Veterinary [1904] -
Year: 1904
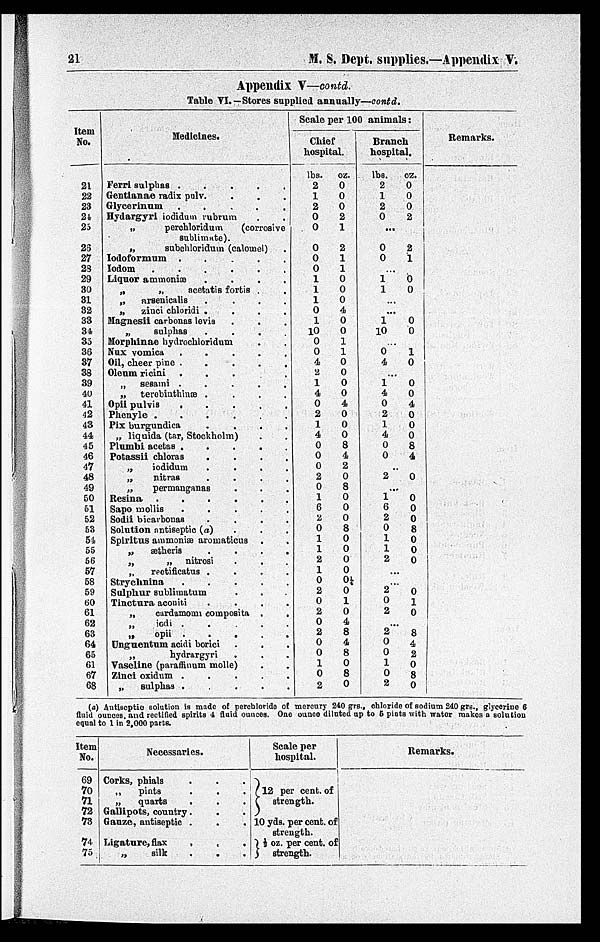
21
M. S. Dept. supplies.—Appendix V.
Appendix V—contd.
Table VI.—Stores supplied annually—contd.
Item
No.
21
22
23
24
25
26
27
28
29
30
31
32
33
34
33
36
37
38
39
40
41
42
43
44
45
46
47
48
49
50
51
52
53
51
55
56
57
58
59
60
61
62
63
64
65
61
67
68
Medicines.
Ferri sulphas .
.
.
.
.
Gentianae radix pulv. . . .
Glycerinum
.
.
.
.
.
Hydargyri iodidum rubrum . .
„
perchloridum
(corrosive
sublimate).
„
subchloridum (calomel) .
Iodoformum .
.
.
.
.
Iodom . . . . .
Liquor ammoniæ . . . . .
„
„
acetatis fortis . .
„
arsenicalis
.
.
.
.
„
zinci chloridi .
.
.
.
Magnesii carbonas levis . . .
„
sulphas
.
.
.
.
.
Morphinae hydrochloridum . .
Nux vomica
.
.
.
.
.
Oil, cheer pine
.
.
.
.
.
Oleum ricini .
.
. .
„ sesami .
.
.
.
.
„ terebinthinæ .
.
.
.
Opii pulvis . . . . .
Phenyle .
.
. . . .
Pix burgundica .
.
.
.
„ liquida (tar, Stockholm) . .
Plumbi acetas .
.
.
.
.
Potassii chloras
. . . .
„
iodidum
. . . .
„
nitras
. . . .
„
permanganas . . .
Resina
.
.
.
.
.
.
Sapo mollis
. . . . .
Sodii bicarbonas
. . . .
Solution antiseptic (a)
Spiritus ammoniæ aromaticus . .
„
ætheris
. . . .
„
„ nitrosi . . .
„
rectificatus .
.
.
.
Strychnina
. . . . .
Sulphur sublimatum
Tinctura aconiti
. . . .
„ cardamomi composita . .
„
iodi . . . . .
„
opii
.
.
.
.
.
Unguentum acidi borici . . .
„
hydrargyri . . .
Vaseline (paraffinum molle) . .
Zinci oxidum . . . . .
„ sulphas . . . . .
Scale per 100animals:
Chief
hospital.
lbs.
2
1
2
0
0
0
0
0
1
1
1
0
1
10
0
0
4
2
1
4
0
2
1
4
0
0
0
2
0
1
6
2
0
1
1
2
1
0
2
0
2
0
2
0
0
1
0
2
oz.
0
0
0
2
1
2
1
1
0
0
0
4
0
0
1
1
0
0
0
0
4
0
0
0
8
4
2
0
8
0
0
0
8
0
0
0
0
0¼
0
1
0
4
8
4
8
0
8
0
Branch
hospital.
lbs.
2
1
2
0
...
0
0
...
1 1
...
...
1
10
...
0
4
...
1
4
0
2
1
4
0
0
...
2
...
1
6
2
0
1
1
2
...
...
2
0
2
...
2
0
0
1
0
2
oz.
0
0
0
2
...
2
1
...
0 0
...
...
0
0
...
1
0
...
0
0
4
0
0
0
8
4
...
0
...
0
0
0
8
0
0
0
...
...
0
1
0
...
8
4
2
0
8
0
Remarks.
(a) Antiseptic solution is made of perchloride of mercury 240 grs., chloride of sodium 240 grs., glycerine 6
fluid ounces, and rectified spirits 4 fluid ounces. One ounce diluted up to 5 piots with water makes a solution
equal to 1 in 2,000 parts.
Item
No.
69
70
71
72
73
74
75
Necessaries.
Corks, phials . . .
„
pints . . .
„
quarts . . .
Gallipots, country . . .
Gauze, antiseptic . . .
Ligature, flax . .
„
silk . .
Scale per
hospital.
12 per cent. of
strength.
10 yds. per cent. of
strength.
½
oz. per cent. of
strength.
Remarks.